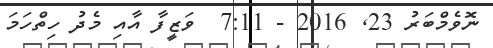
ނޮވެމްބަރު 23